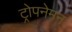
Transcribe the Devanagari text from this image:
ट्रोपनेमन